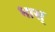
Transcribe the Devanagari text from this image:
भास्